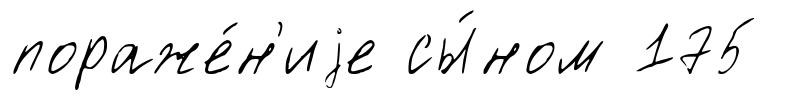
пораже́н'иjе сы́ном 175